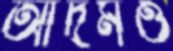
আদমও